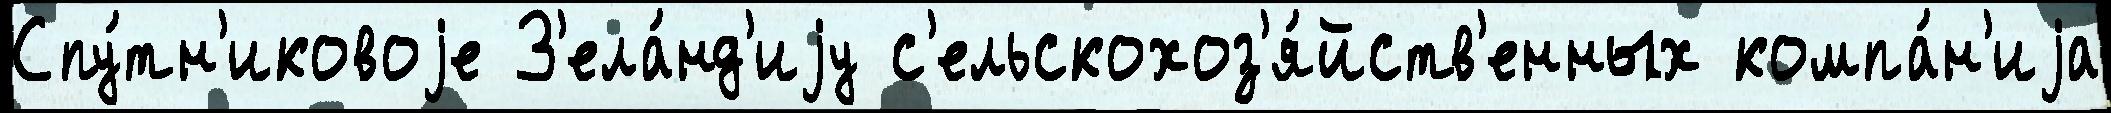
Спу́тн'иковоjе З'ела́нд'иjу с'ельскохоз'я́йств'енных компа́н'иjа